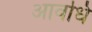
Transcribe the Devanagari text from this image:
आवधि